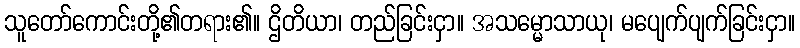
သူတော်ကောင်းတို့၏တရား၏။ ဌိတိယာ၊ တည်ခြင်းငှာ။ အသမ္မောသာယု၊ မပျေက်ပျက်ခြင်းငှာ။